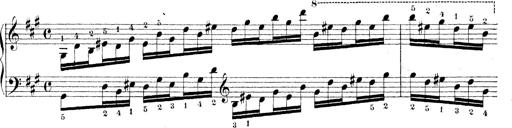
Title: Technische Studien
Composer: Franz Liszt